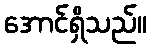
အောင်ရှိသည်။